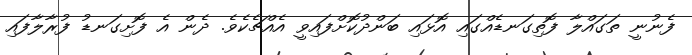
ފެނުނީ ތަގައްލާ ފޮތިގަނޑެއްގައި އޮޅައި ބަންދުކޮށްފައިވީ އެއްޗެކެވެ. ދެން އެ ފޮށިގަނޑު ފުރާލާފައި